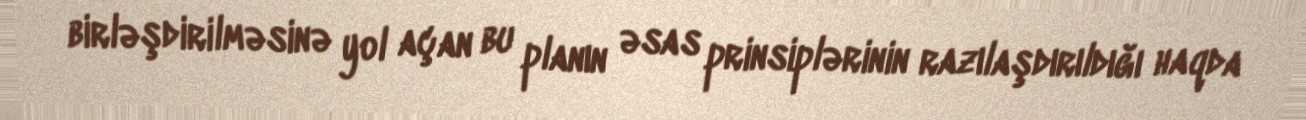
birləşdirilməsinə yol açan bu planın əsas prinsiplərinin razılaşdırıldığı haqda